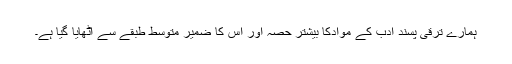
ہمارے ترقی پسند ادب کے موادکا بیشتر حصہ اور اس کا ضمیر متوسط طبقے سے اٹھایا گیا ہے۔